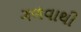
ગળવાથી